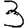
Digit: 3